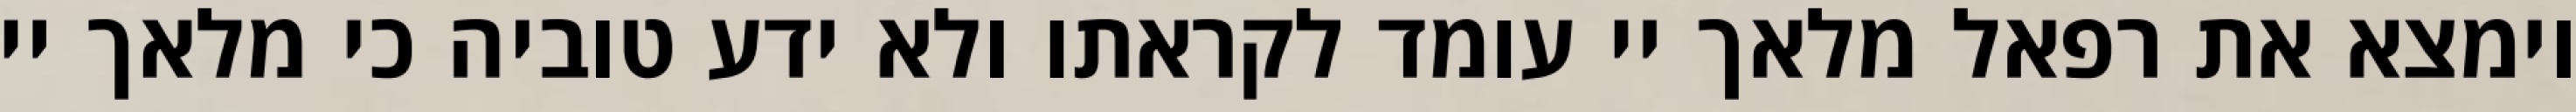
וימצא את רפאל מלאך יי עומד לקראתו ולא ידע טוביה כי מלאך יי